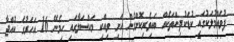
ފުވައްމުލަކުގައި ކުޑަކުދިންތަކެއް ބައިވެރިކޮށްގެން ހަށި ވިއްކި މައްސަލާގައި ހިމެނޭ 16 އަހަރުގެ ކުއްޖާ